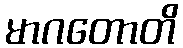
မာဂတောတိ